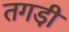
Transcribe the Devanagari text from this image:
तगडी़